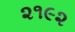
૨૧૯૨